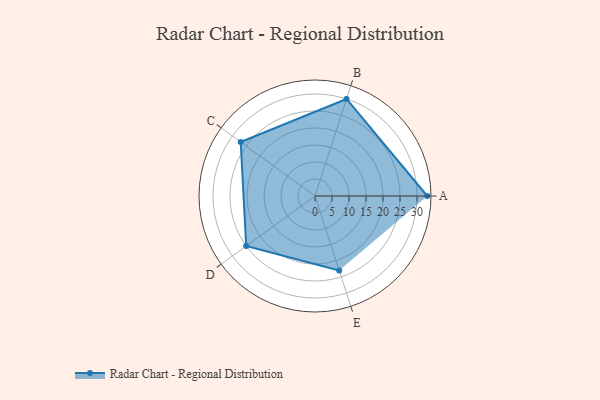
{"axis": {"x": "Skill", "y": "Score"}, "legend": ["Profile"], "data": [{"x": "A", "y": 33.0, "type": "Profile"}, {"x": "B", "y": 30.0, "type": "Profile"}, {"x": "C", "y": 27.0, "type": "Profile"}, {"x": "D", "y": 25.0, "type": "Profile"}, {"x": "E", "y": 23.0, "type": "Profile"}]}